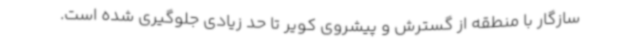
سازگار با منطقه از گسترش و پیشروی کویر تا حد زیادی جلوگیری شده است.